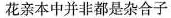
花亲本中并非都是杂合子